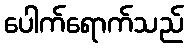
ပေါက်ရောက်သည်